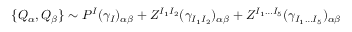
\{ Q _ { \alpha } , Q _ { \beta } \} \sim P ^ { I } ( \gamma _ { I } ) _ { \alpha \beta } + Z ^ { I _ { 1 } I _ { 2 } } ( \gamma _ { I _ { 1 } I _ { 2 } } ) _ { \alpha \beta } + Z ^ { I _ { 1 } \ldots I _ { 5 } } ( \gamma _ { I _ { 1 } \ldots I _ { 5 } } ) _ { \alpha \beta }